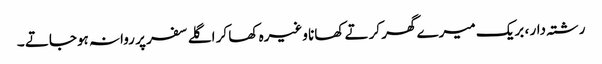
رشتہ دار ، بریک میرے گھر کرتے کھانا وغیرہ کھا کر اگلے سفر پر روانہ ہوجاتے ۔